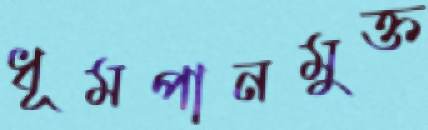
ধূমপানমুক্ত